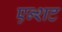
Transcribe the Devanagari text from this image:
एन्शट